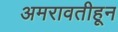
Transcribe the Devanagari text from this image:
अमरावतीहून